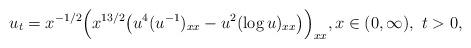
LaTeX: \begin{align*} u_t = x^{-1/2}\Big(x^{13/2}\big(u^{4}(u^{-1})_{xx}-u^2(\log u)_{xx}\big)\Big)_{xx},x\in(0,\infty),\ t>0,\end{align*}